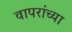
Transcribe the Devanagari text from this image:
वापरांच्या